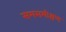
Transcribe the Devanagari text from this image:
समसमीक्षण